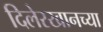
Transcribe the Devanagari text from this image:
दिलेरखानच्या